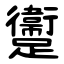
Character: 躛